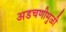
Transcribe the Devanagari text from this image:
अडचणीमुळी